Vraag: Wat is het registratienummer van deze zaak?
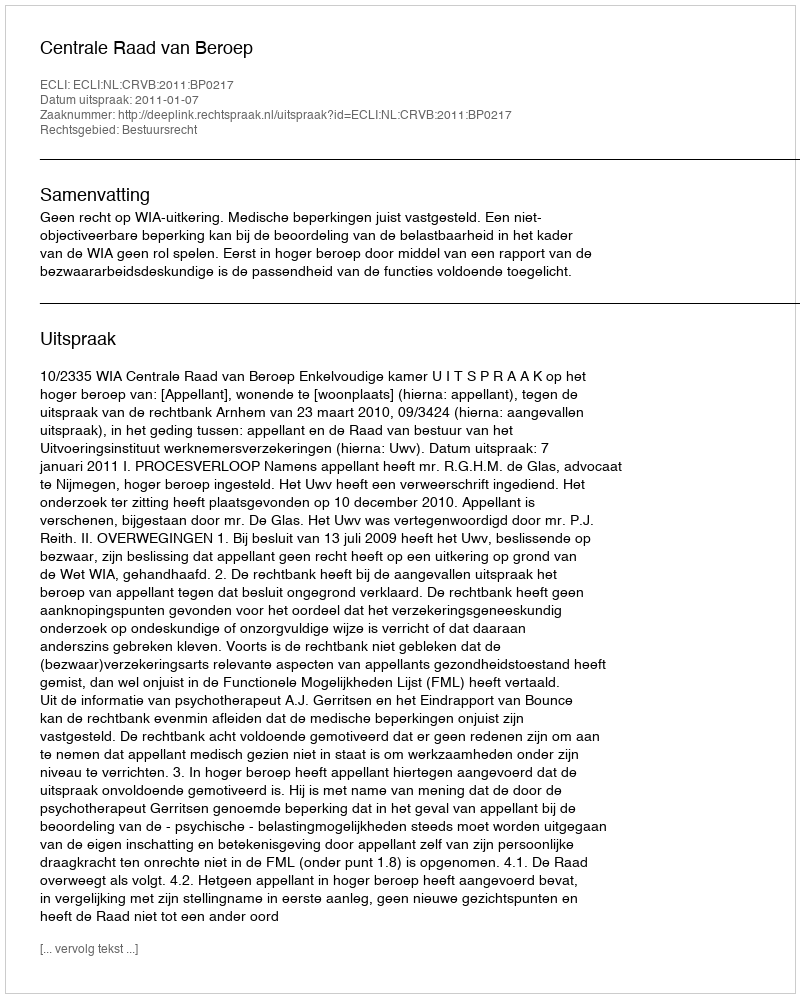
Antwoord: http://deeplink.rechtspraak.nl/uitspraak?id=ECLI:NL:CRVB:2011:BP0217